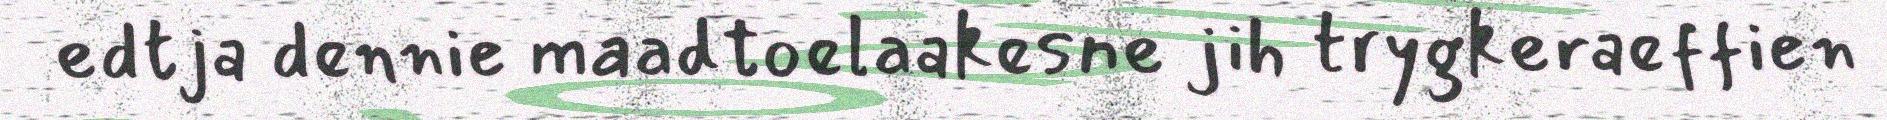
edtja dennie maadtoelaakesne jih trygkeraeffien